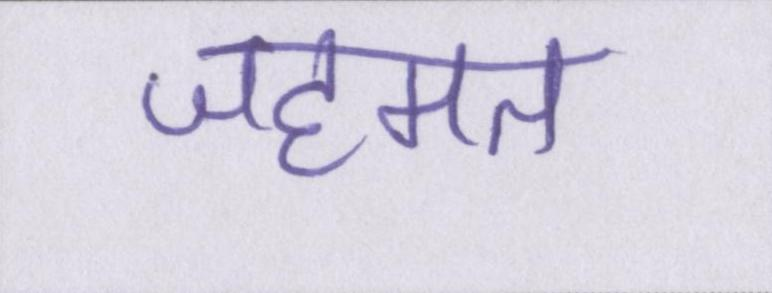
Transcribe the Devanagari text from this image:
जहमत